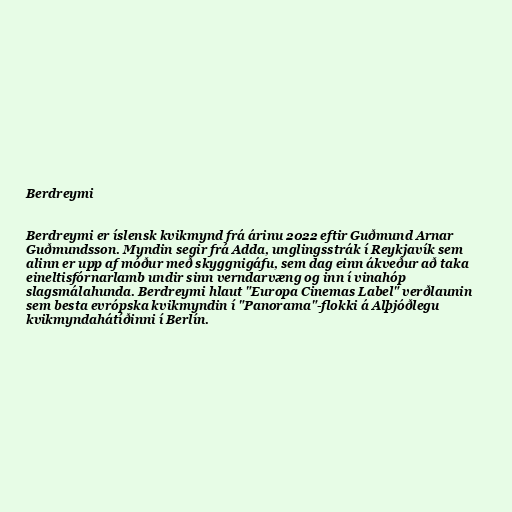
Berdreymi

Berdreymi er íslensk kvikmynd frá árinu 2022 eftir Guðmund Arnar
Guðmundsson. Myndin segir frá Adda, unglingsstrák í Reykjavík sem
alinn er upp af móður með skyggnigáfu, sem dag einn ákveður að taka
eineltisfórnarlamb undir sinn verndarvæng og inn í vinahóp
slagsmálahunda. Berdreymi hlaut "Europa Cinemas Label" verðlaunin
sem besta evrópska kvikmyndin í "Panorama"-flokki á Alþjóðlegu
kvikmyndahátíðinni í Berlín.